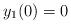
LaTeX: \begin{align*}y_1(0)=0\end{align*}